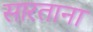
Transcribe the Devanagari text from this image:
सारताना